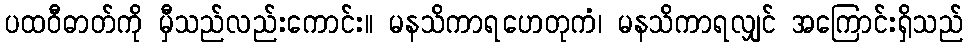
ပထဝီဓာတ်ကို မှီသည်လည်းကောင်း။ မနသိကာရဟေတုကံ၊ မနသိကာရလျှင် အကြောင်းရှိသည်